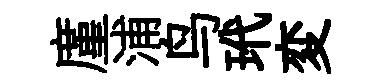
廑浦鸟玳変